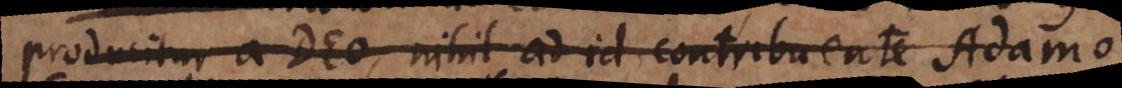
producitur a Deo, nihil ad id contribuente Adamo